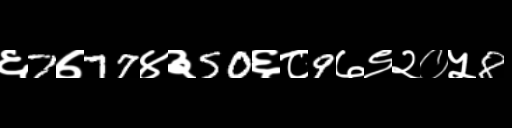
Text: ६7७77४३50६८9७९२०५8